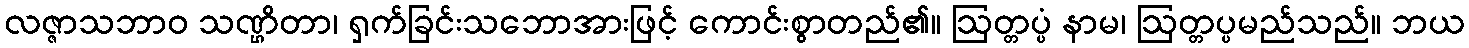
လဇ္ဇာသဘာဝ သဏ္ဌိတာ၊ ရှက်ခြင်းသဘောအားဖြင့် ကောင်းစွာတည်၏။ ဩတ္တပ္ပံ နာမ၊ ဩတ္တပ္ပမည်သည်။ ဘယ